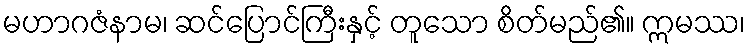
မဟာဂဇံနာမ၊ ဆင်ပြောင်ကြီးနှင့် တူသော စိတ်မည်၏။ ဣမဿ၊